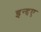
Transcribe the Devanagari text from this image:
इन्द्दए